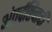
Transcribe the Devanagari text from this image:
अंतर्दृष्टिवादी